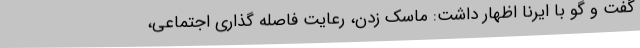
گفت و گو با ایرنا اظهار داشت: ماسک زدن، رعایت فاصله گذاری اجتماعی،